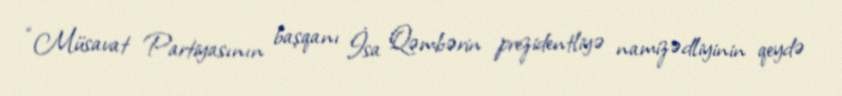
“Müsavat Partiyasının başqanı İsa Qəmbərin prezidentliyə namizədliyinin qeydə